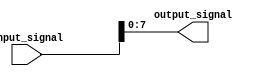
module part_select_assign (
    input [15:0] input_signal,
    output [7:0] output_signal
);

assign output_signal = input_signal[7:0];

endmodule